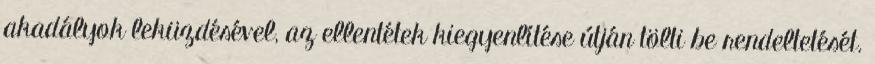
akadályok leküzdésével, az ellentétek kiegyenlítése útján tölti be rendeltetését.